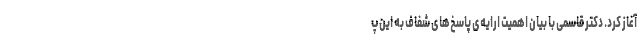
آغاز کرد. دکتر قاسمی با بیان اهمیت ارایه‌ی پاسخ‌های شفاف به این پ